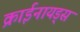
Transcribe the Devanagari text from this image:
क्राईनायड्स